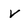
Character: V